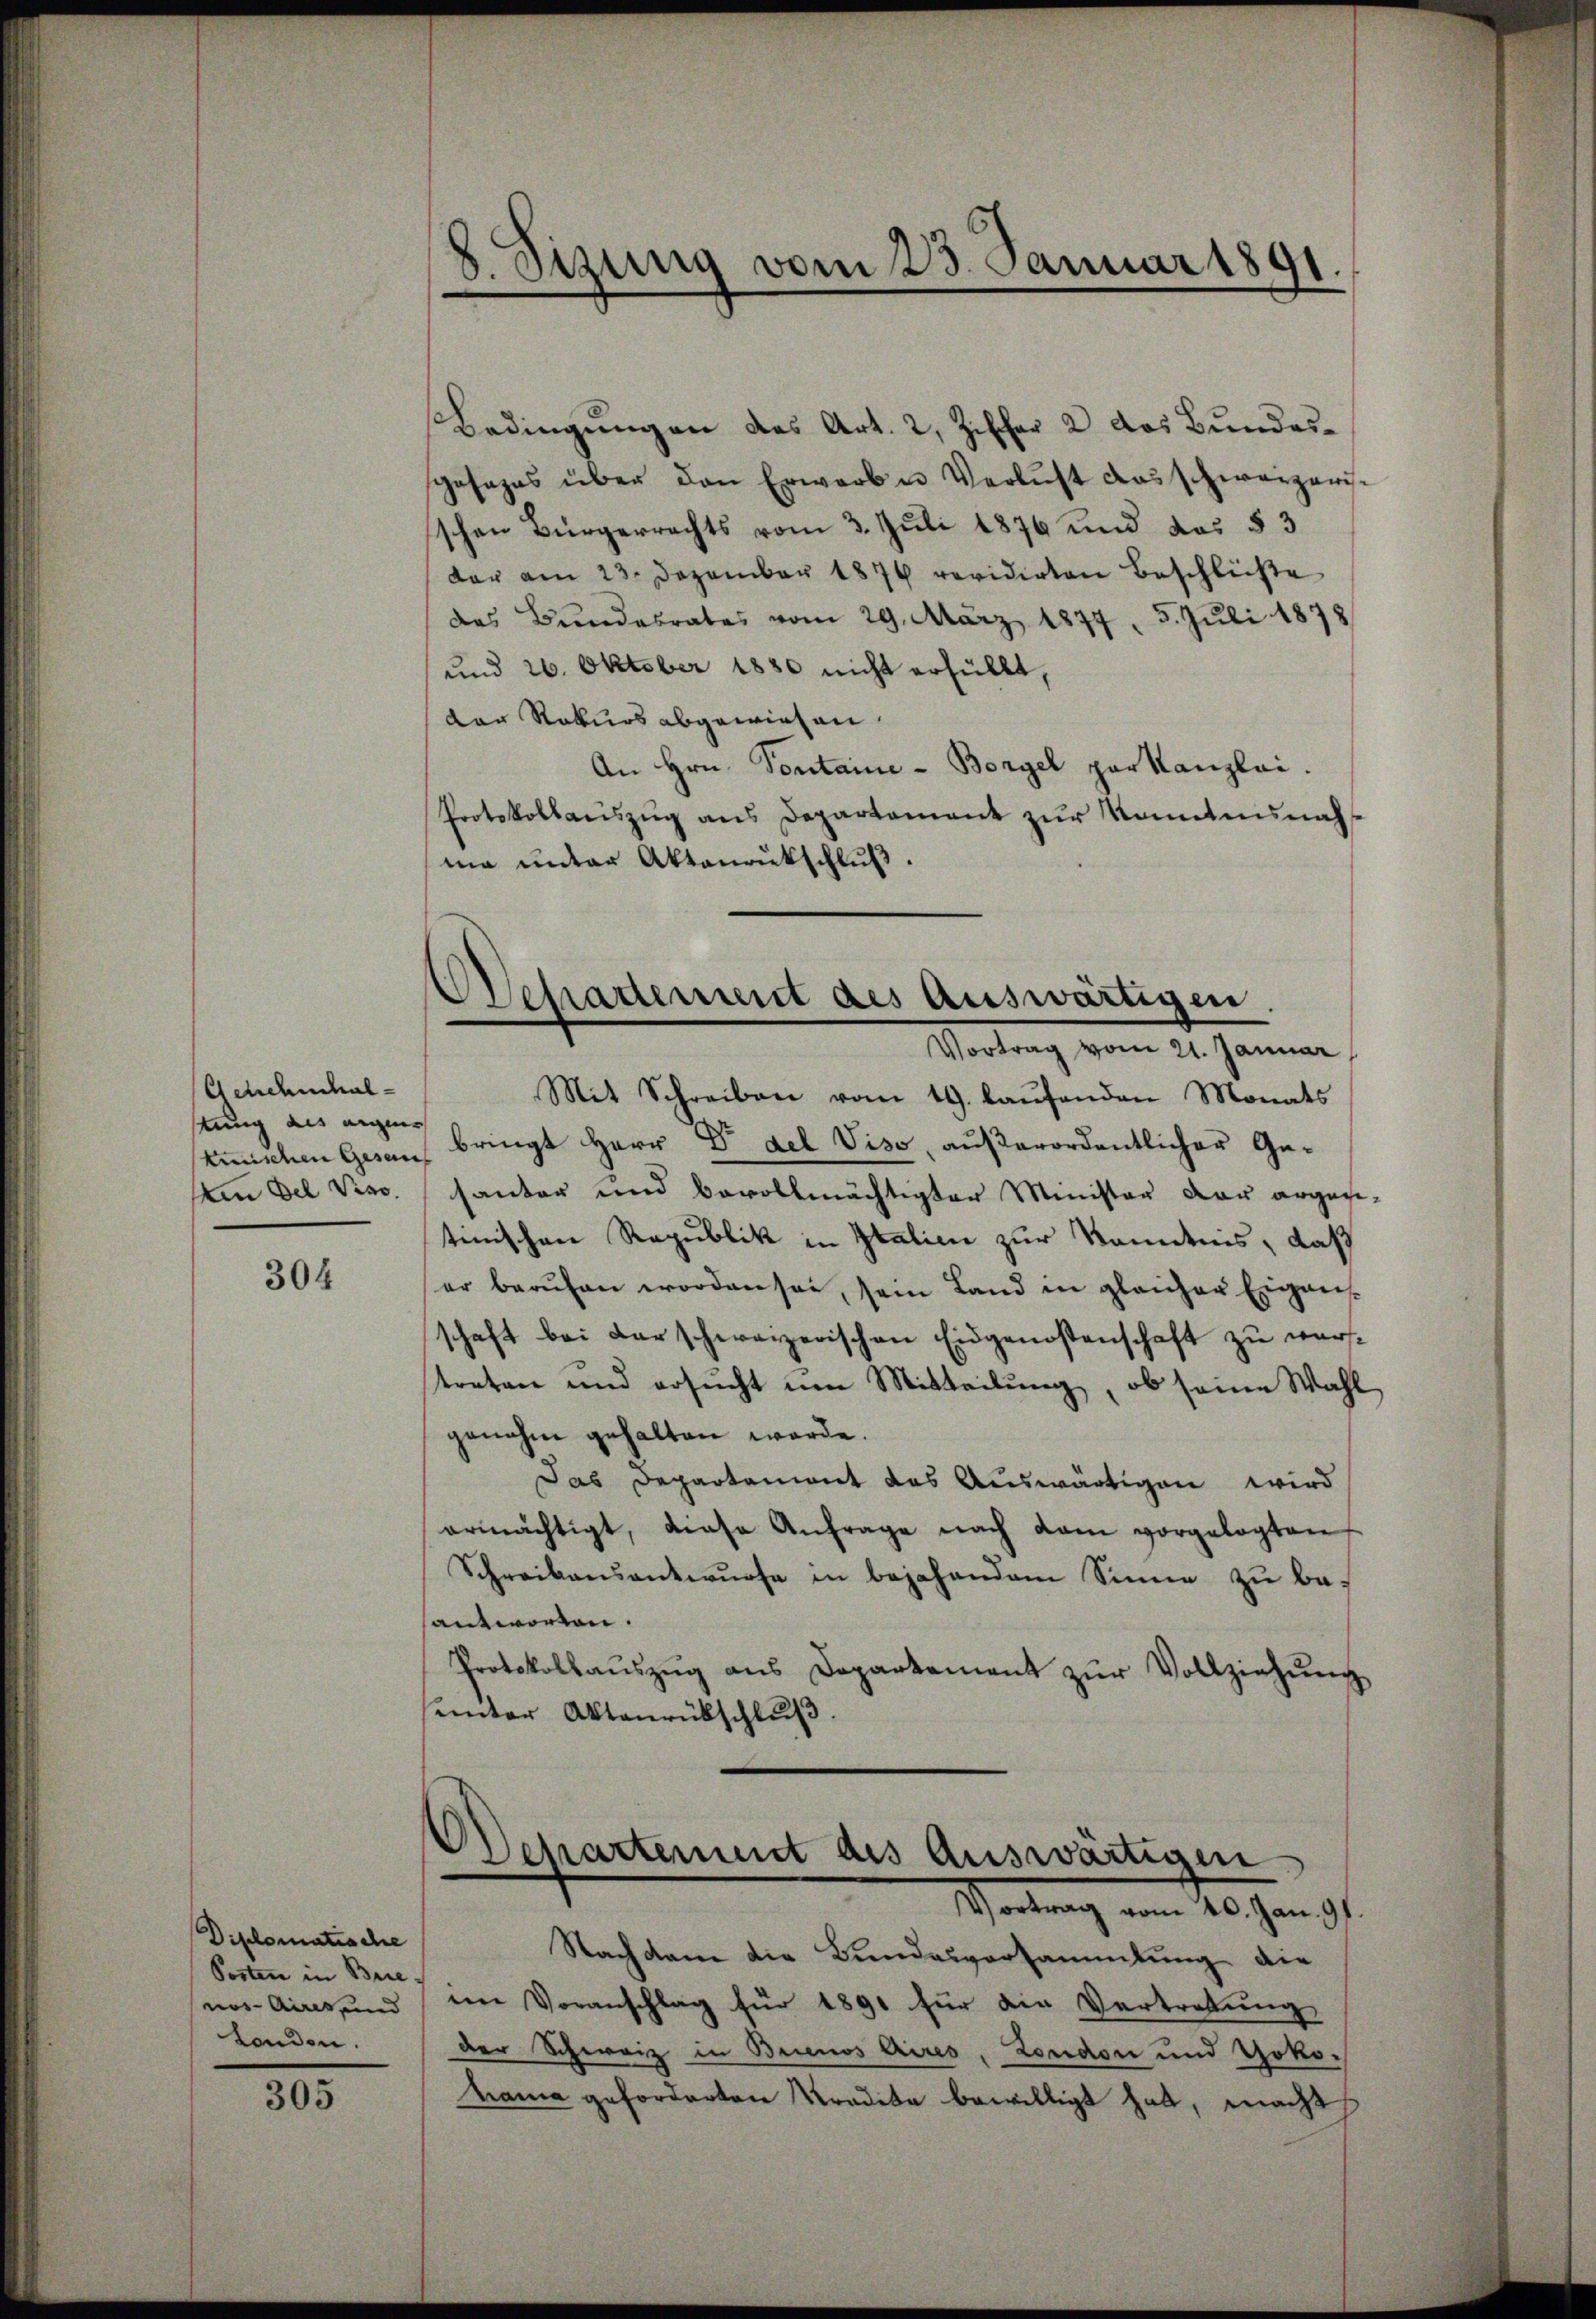
Achchenchalstung des eigens
An Del Viso

304

Diplomatische
Posten in Brie
nos Aires, und
londen.

305

8. Sizung vom 23. Januar 1891.

Bedingungen des Art. 2, Ziffer 2 des Bundessposazes über den Erwarb u Verlust das schweizerisschen Bürgerrechts vom 3. Juli 1876 und des § 3
dar am 23. Dezember 1876 revidirten Beschlüße
des Bundesrates vom 29. März 1877, 5. Juli 1878
und 26. Oktober 1880 nicht erfüllt,
der Rekurs abgewiesen.
An Hrn. Sontaine-Borgel par Kanzlei.
Protokollauszug aus Departement zur Kenntnisnah
ma unter Aktenrückschlŭβ
Mit Schreiben vom 19. laŭfenden Monats
tunischen Gesen bringt Herr Dr del Viso, außerordentlicher Gesautor und bevollmächtigter Minister der argesi-
tinischen Republik in Italien zur Kenntnis, daß
er berŭfen worden sei, sein Land in gleicher Eigen-
schaft bei darschweizerischen Eidgenossenschaft zu warstreten und ersucht um Mitteilung, ob seine Wahl
genahm gehalten werde.
Das Departanient das Auswärtigen wird
ermächtigt, diese Anfrage nach dem vorgelegten
Schreibensantwurfe in bejahendem Sinne zu besantworten.
Protokollaŭszŭg ans Departement zŭr Vollziehŭng
sunter Aktenrückschluß.

Departement des auswärtigen,
Vortrag vom 21. Januar,

Departement des Auswärtigen
Wartung vom 20. Jan 91.

Nachdem die Bundesversammlung die
im Voranschlag für 1891 für die Vertretung
der Schweiz in Brinos Aires, London und Gokohama geforderten Tradika bewilligt hat, macht